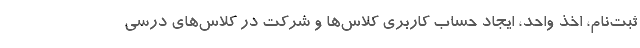
ثبت‌نام، اخذ واحد، ایجاد حساب کاربری کلاس‌ها و شرکت در کلاس‌های درسی